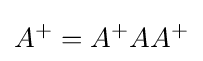
A^{+}=A^{+}AA^{+}